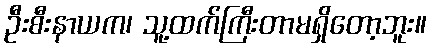
ဦးစီးနာယက၊ သူ့ထက်ကြီးတာမရှိတော့ဘူး။